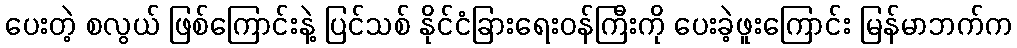
ပေးတဲ့ စလွယ် ဖြစ်ကြောင်းနဲ့ ပြင်သစ် နိုင်ငံခြားရေးဝန်ကြီးကို ပေးခဲ့ဖူးကြောင်း မြန်မာဘက်က